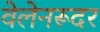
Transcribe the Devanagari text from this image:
वेलेनरूदर